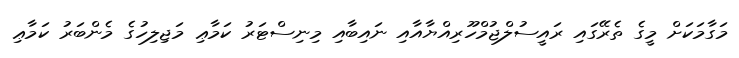
މަގާމަކަށް މީގެ ތެރޭގައި ރައީސުލްޖުމްހޫރިއްޔާއާއި ނައިބާއި މިނިސްޓަރު ކަމާޢި މަޖިލިހުގެ މެންބަރު ކަމާޢި